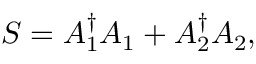
S = A _ { 1 } ^ { \dagger } A _ { 1 } + A _ { 2 } ^ { \dagger } A _ { 2 } ,